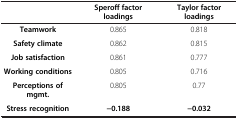
<table><thead><tr><td><b> </b></td><td><b>Speroff factor loadings</b></td><td><b>Taylor factor loadings</b></td></tr></thead><tbody><tr><td><b>Teamwork</b></td><td>0.865</td><td>0.818</td></tr><tr><td><b>Safety climate</b></td><td>0.862</td><td>0.815</td></tr><tr><td><b>Job satisfaction</b></td><td>0.861</td><td>0.777</td></tr><tr><td><b>Working conditions</b></td><td>0.805</td><td>0.716</td></tr><tr><td><b>Perceptions of mgmt.</b></td><td>0.805</td><td>0.77</td></tr><tr><td><b>Stress recognition</b></td><td><b>-0.188</b></td><td><b>-0.032</b></td></tr></tbody></table>